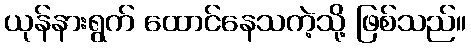
ယုန်နားရွက် ထောင်နေသကဲ့သို့ ဖြစ်သည်။